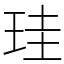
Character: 珪